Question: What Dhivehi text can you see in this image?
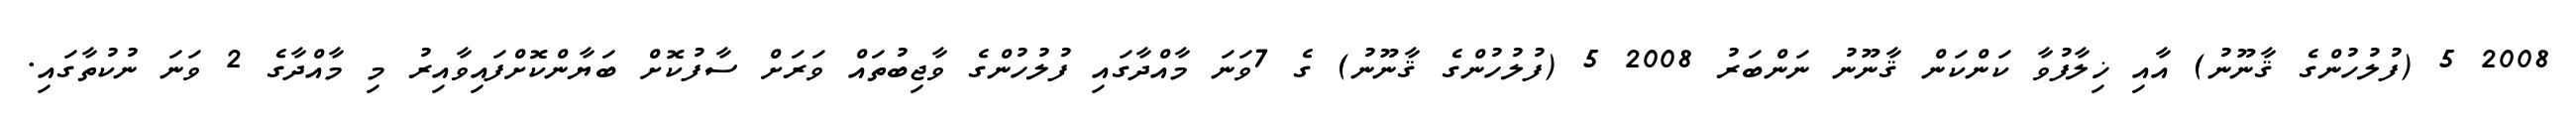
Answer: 2008 5 (ފުލުހުންގެ ޤާނޫނު) އާއި ޚިލާފުވާ ކަންކަން ޤާނޫނު ނަންބަރު 2008 5 (ފުލުހުންގެ ޤާނޫނު) ގެ 7ވަނަ މާއްދާގައި ފުލުހުންގެ ވާޖިބުތައް ވަރަށް ސާފުކޮށް ބަޔާންކޮށްފައިވާއިރު މި މާއްދާގެ 2 ވަނަ ނުކުތާގައި.